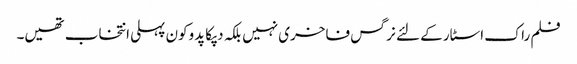
فلم راک اسٹار کے لئے نرگس فاخری نہیں بلکہ دپکا پدوکون پہلی انتخاب تھیں۔